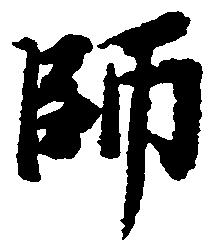
師